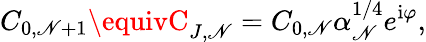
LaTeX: C_{0,\mathscr{N}+1}\equivC_{J,\mathscr{N}}=C_{0,\mathscr{N}}\alpha_{\mathscr{N}}^{1/4}e^{\mathrm{{i}}\varphi},